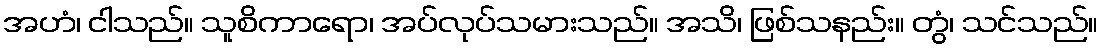
အဟံ၊ ငါသည်။ သူစိကာရော၊ အပ်လုပ်သမားသည်။ အသိ၊ ဖြစ်သနည်း။ တွံ၊ သင်သည်။